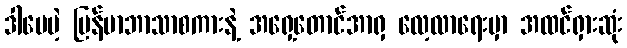
ဒါပေမဲ့ မြန်မာဘာသာစကားနဲ့ အရှေ့တောင်အာရှ လေ့လာရေးမှာ အထင်ရှားဆုံး